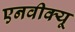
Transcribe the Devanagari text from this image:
एनवीक्यू